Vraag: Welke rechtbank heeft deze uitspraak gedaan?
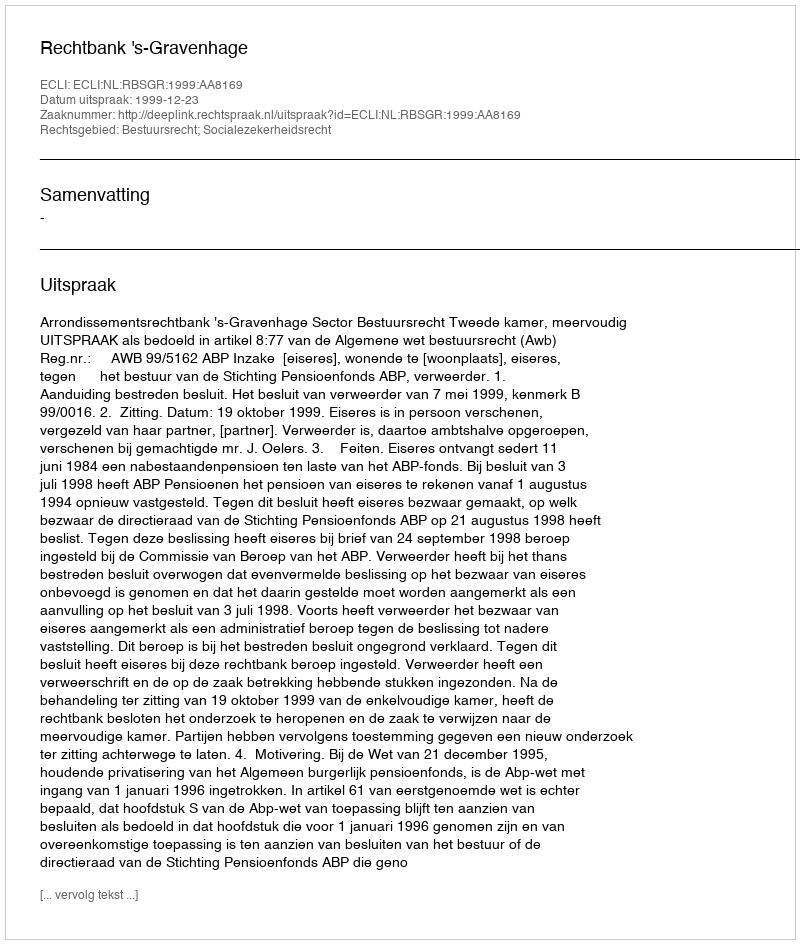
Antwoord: Rechtbank 's-Gravenhage